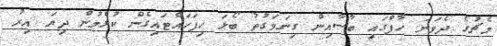
މެޗުގެ ދެވަނަ ހާފްގައި ބާސާއިން ގިނަވަގުތު ބޯޅަ ހިފަހައްޓައިގެން ކުޅެމުން ދިޔަ އިރު